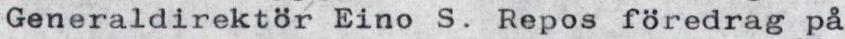
Generaldirektör Eino S. Repos föredrag på